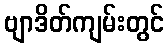
ဗျာဒိတ်ကျမ်းတွင်